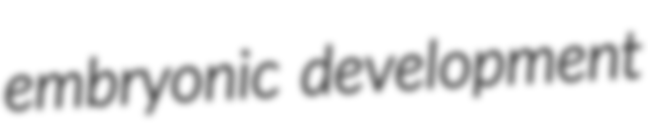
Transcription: embryonic development